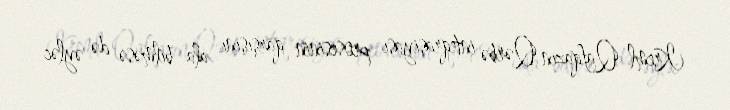
Kreml Qafqazın Qərbə inteqrasiyası prosesinin qarşısını ala bilməsə də əyləc